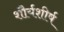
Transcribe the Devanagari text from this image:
शौर्यशीर्ष